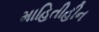
માહિતીહીન